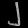
Digit: ၂